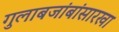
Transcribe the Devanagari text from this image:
गुलाबजांबांसारखा